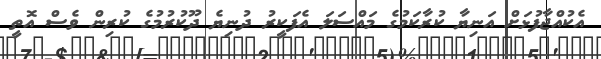
އެކުއްޖާފުޅަށް އަނިޔާ ކުރާކަމުގެ މައްސަލަ އެފަކީރު ދުނިޔެ ދޫކުރުމުގެ ކުރިން ވެސް އޮތީ